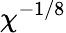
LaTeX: \chi^{-1/8}